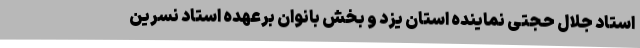
استاد جلال حجتی نماینده استان یزد و بخش بانوان برعهده استاد نسرین